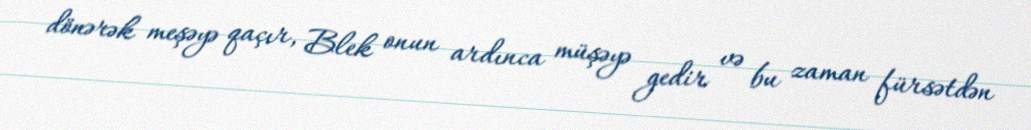
dönərək meşəyə qaçır, Blek onun ardınca müşəyə gedir və bu zaman fürsətdən